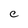
Character: C